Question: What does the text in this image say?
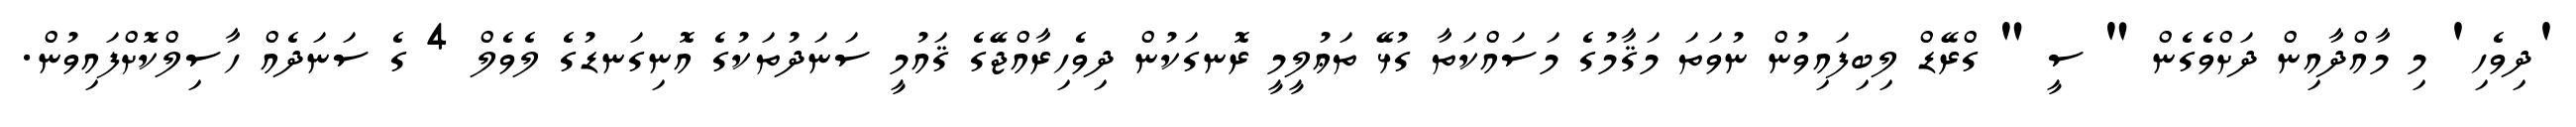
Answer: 'ދިވެހި' މި މާއްދާއިން ދަށްވެގެން " ސީ " ގްރޭޑް ލިބިފައިވުން ނުވަތަ މަޤާމުގެ މަސައްކަތާ ގުޅޭ ތަޢުލީމީ ރޮނގަކުން ދިވެހިރާއްޖޭގެ ޤައުމީ ސަނަދުތަކުގެ އޮނިގަނޑުގެ ލެވެލް 4 ގެ ސަނަދެއް ހާސިލްކޮށްފައިވުން.